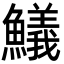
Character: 䲑